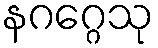
နဂဂ္ဂေသု